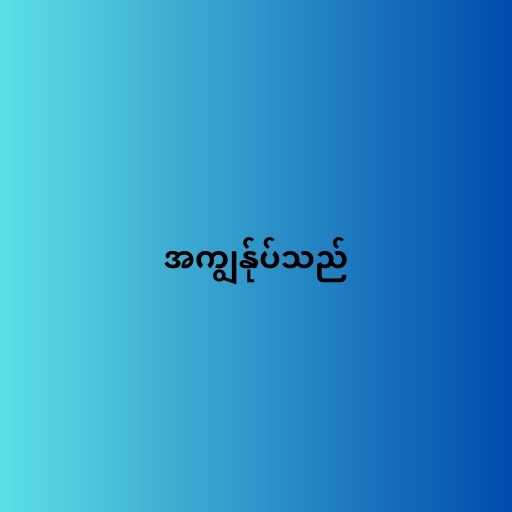
အကျွန်ုပ်သည်